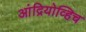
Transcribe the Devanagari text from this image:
आंद्रियोव्हिच